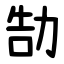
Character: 勂